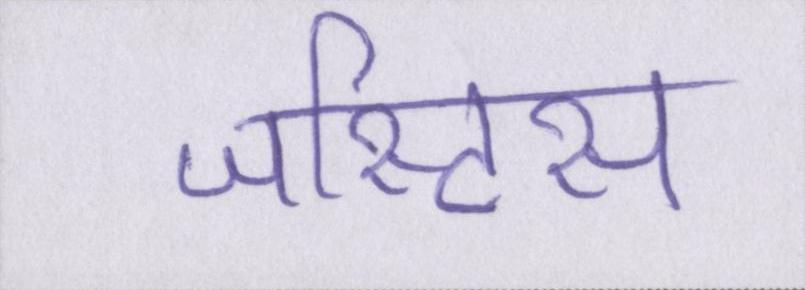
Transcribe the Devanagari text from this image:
जस्टिस